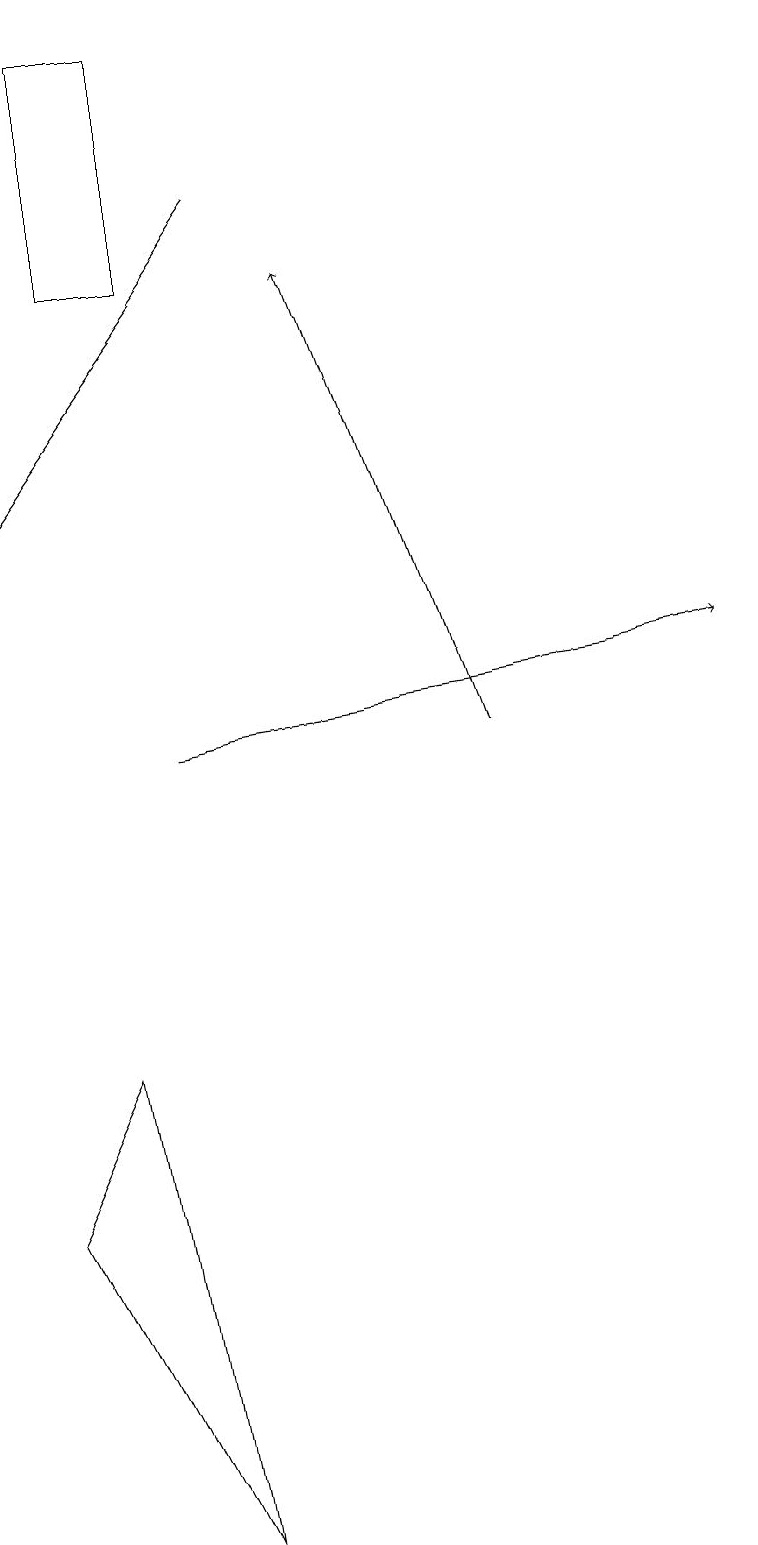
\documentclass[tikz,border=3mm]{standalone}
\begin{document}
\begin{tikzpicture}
\draw[->] (2,10) -- (9,11);
\draw[->] (6,10) -- (4,16);
\draw[->] (3,17) -- (0,13);
\draw (2,19) rectangle (1,16);
\draw (0,4) -- (2,0) -- (1,6) -- cycle;
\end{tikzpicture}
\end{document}